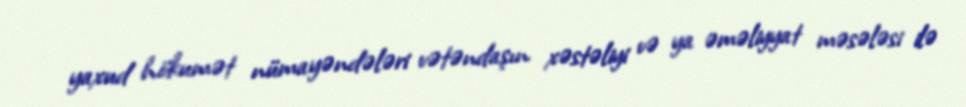
yaxud hökumət nümayəndələri vətəndaşın xəstəliyi və ya əməliyyat məsələsi ilə